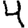
Digit: 4